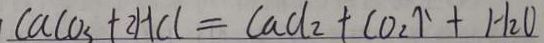
C a C o _ { 3 } + 2 H C l = C a C l _ { 2 } + C O _ { 2 } \uparrow + H _ { 2 } O